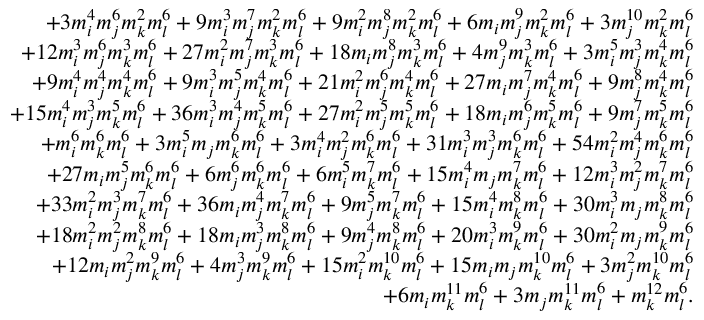
\begin{array} { r l r } & { } & { + 3 m _ { i } ^ { 4 } m _ { j } ^ { 6 } m _ { k } ^ { 2 } m _ { l } ^ { 6 } + 9 m _ { i } ^ { 3 } m _ { j } ^ { 7 } m _ { k } ^ { 2 } m _ { l } ^ { 6 } + 9 m _ { i } ^ { 2 } m _ { j } ^ { 8 } m _ { k } ^ { 2 } m _ { l } ^ { 6 } + 6 m _ { i } m _ { j } ^ { 9 } m _ { k } ^ { 2 } m _ { l } ^ { 6 } + 3 m _ { j } ^ { 1 0 } m _ { k } ^ { 2 } m _ { l } ^ { 6 } } \\ & { } & { + 1 2 m _ { i } ^ { 3 } m _ { j } ^ { 6 } m _ { k } ^ { 3 } m _ { l } ^ { 6 } + 2 7 m _ { i } ^ { 2 } m _ { j } ^ { 7 } m _ { k } ^ { 3 } m _ { l } ^ { 6 } + 1 8 m _ { i } m _ { j } ^ { 8 } m _ { k } ^ { 3 } m _ { l } ^ { 6 } + 4 m _ { j } ^ { 9 } m _ { k } ^ { 3 } m _ { l } ^ { 6 } + 3 m _ { i } ^ { 5 } m _ { j } ^ { 3 } m _ { k } ^ { 4 } m _ { l } ^ { 6 } } \\ & { } & { + 9 m _ { i } ^ { 4 } m _ { j } ^ { 4 } m _ { k } ^ { 4 } m _ { l } ^ { 6 } + 9 m _ { i } ^ { 3 } m _ { j } ^ { 5 } m _ { k } ^ { 4 } m _ { l } ^ { 6 } + 2 1 m _ { i } ^ { 2 } m _ { j } ^ { 6 } m _ { k } ^ { 4 } m _ { l } ^ { 6 } + 2 7 m _ { i } m _ { j } ^ { 7 } m _ { k } ^ { 4 } m _ { l } ^ { 6 } + 9 m _ { j } ^ { 8 } m _ { k } ^ { 4 } m _ { l } ^ { 6 } } \\ & { } & { + 1 5 m _ { i } ^ { 4 } m _ { j } ^ { 3 } m _ { k } ^ { 5 } m _ { l } ^ { 6 } + 3 6 m _ { i } ^ { 3 } m _ { j } ^ { 4 } m _ { k } ^ { 5 } m _ { l } ^ { 6 } + 2 7 m _ { i } ^ { 2 } m _ { j } ^ { 5 } m _ { k } ^ { 5 } m _ { l } ^ { 6 } + 1 8 m _ { i } m _ { j } ^ { 6 } m _ { k } ^ { 5 } m _ { l } ^ { 6 } + 9 m _ { j } ^ { 7 } m _ { k } ^ { 5 } m _ { l } ^ { 6 } } \\ & { } & { + m _ { i } ^ { 6 } m _ { k } ^ { 6 } m _ { l } ^ { 6 } + 3 m _ { i } ^ { 5 } m _ { j } m _ { k } ^ { 6 } m _ { l } ^ { 6 } + 3 m _ { i } ^ { 4 } m _ { j } ^ { 2 } m _ { k } ^ { 6 } m _ { l } ^ { 6 } + 3 1 m _ { i } ^ { 3 } m _ { j } ^ { 3 } m _ { k } ^ { 6 } m _ { l } ^ { 6 } + 5 4 m _ { i } ^ { 2 } m _ { j } ^ { 4 } m _ { k } ^ { 6 } m _ { l } ^ { 6 } } \\ & { } & { + 2 7 m _ { i } m _ { j } ^ { 5 } m _ { k } ^ { 6 } m _ { l } ^ { 6 } + 6 m _ { j } ^ { 6 } m _ { k } ^ { 6 } m _ { l } ^ { 6 } + 6 m _ { i } ^ { 5 } m _ { k } ^ { 7 } m _ { l } ^ { 6 } + 1 5 m _ { i } ^ { 4 } m _ { j } m _ { k } ^ { 7 } m _ { l } ^ { 6 } + 1 2 m _ { i } ^ { 3 } m _ { j } ^ { 2 } m _ { k } ^ { 7 } m _ { l } ^ { 6 } } \\ & { } & { + 3 3 m _ { i } ^ { 2 } m _ { j } ^ { 3 } m _ { k } ^ { 7 } m _ { l } ^ { 6 } + 3 6 m _ { i } m _ { j } ^ { 4 } m _ { k } ^ { 7 } m _ { l } ^ { 6 } + 9 m _ { j } ^ { 5 } m _ { k } ^ { 7 } m _ { l } ^ { 6 } + 1 5 m _ { i } ^ { 4 } m _ { k } ^ { 8 } m _ { l } ^ { 6 } + 3 0 m _ { i } ^ { 3 } m _ { j } m _ { k } ^ { 8 } m _ { l } ^ { 6 } } \\ & { } & { + 1 8 m _ { i } ^ { 2 } m _ { j } ^ { 2 } m _ { k } ^ { 8 } m _ { l } ^ { 6 } + 1 8 m _ { i } m _ { j } ^ { 3 } m _ { k } ^ { 8 } m _ { l } ^ { 6 } + 9 m _ { j } ^ { 4 } m _ { k } ^ { 8 } m _ { l } ^ { 6 } + 2 0 m _ { i } ^ { 3 } m _ { k } ^ { 9 } m _ { l } ^ { 6 } + 3 0 m _ { i } ^ { 2 } m _ { j } m _ { k } ^ { 9 } m _ { l } ^ { 6 } } \\ & { } & { + 1 2 m _ { i } m _ { j } ^ { 2 } m _ { k } ^ { 9 } m _ { l } ^ { 6 } + 4 m _ { j } ^ { 3 } m _ { k } ^ { 9 } m _ { l } ^ { 6 } + 1 5 m _ { i } ^ { 2 } m _ { k } ^ { 1 0 } m _ { l } ^ { 6 } + 1 5 m _ { i } m _ { j } m _ { k } ^ { 1 0 } m _ { l } ^ { 6 } + 3 m _ { j } ^ { 2 } m _ { k } ^ { 1 0 } m _ { l } ^ { 6 } } \\ & { } & { + 6 m _ { i } m _ { k } ^ { 1 1 } m _ { l } ^ { 6 } + 3 m _ { j } m _ { k } ^ { 1 1 } m _ { l } ^ { 6 } + m _ { k } ^ { 1 2 } m _ { l } ^ { 6 } . } \end{array}